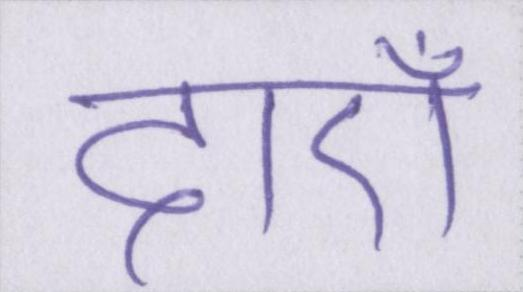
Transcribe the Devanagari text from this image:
दाएँ